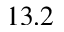
1 3 . 2